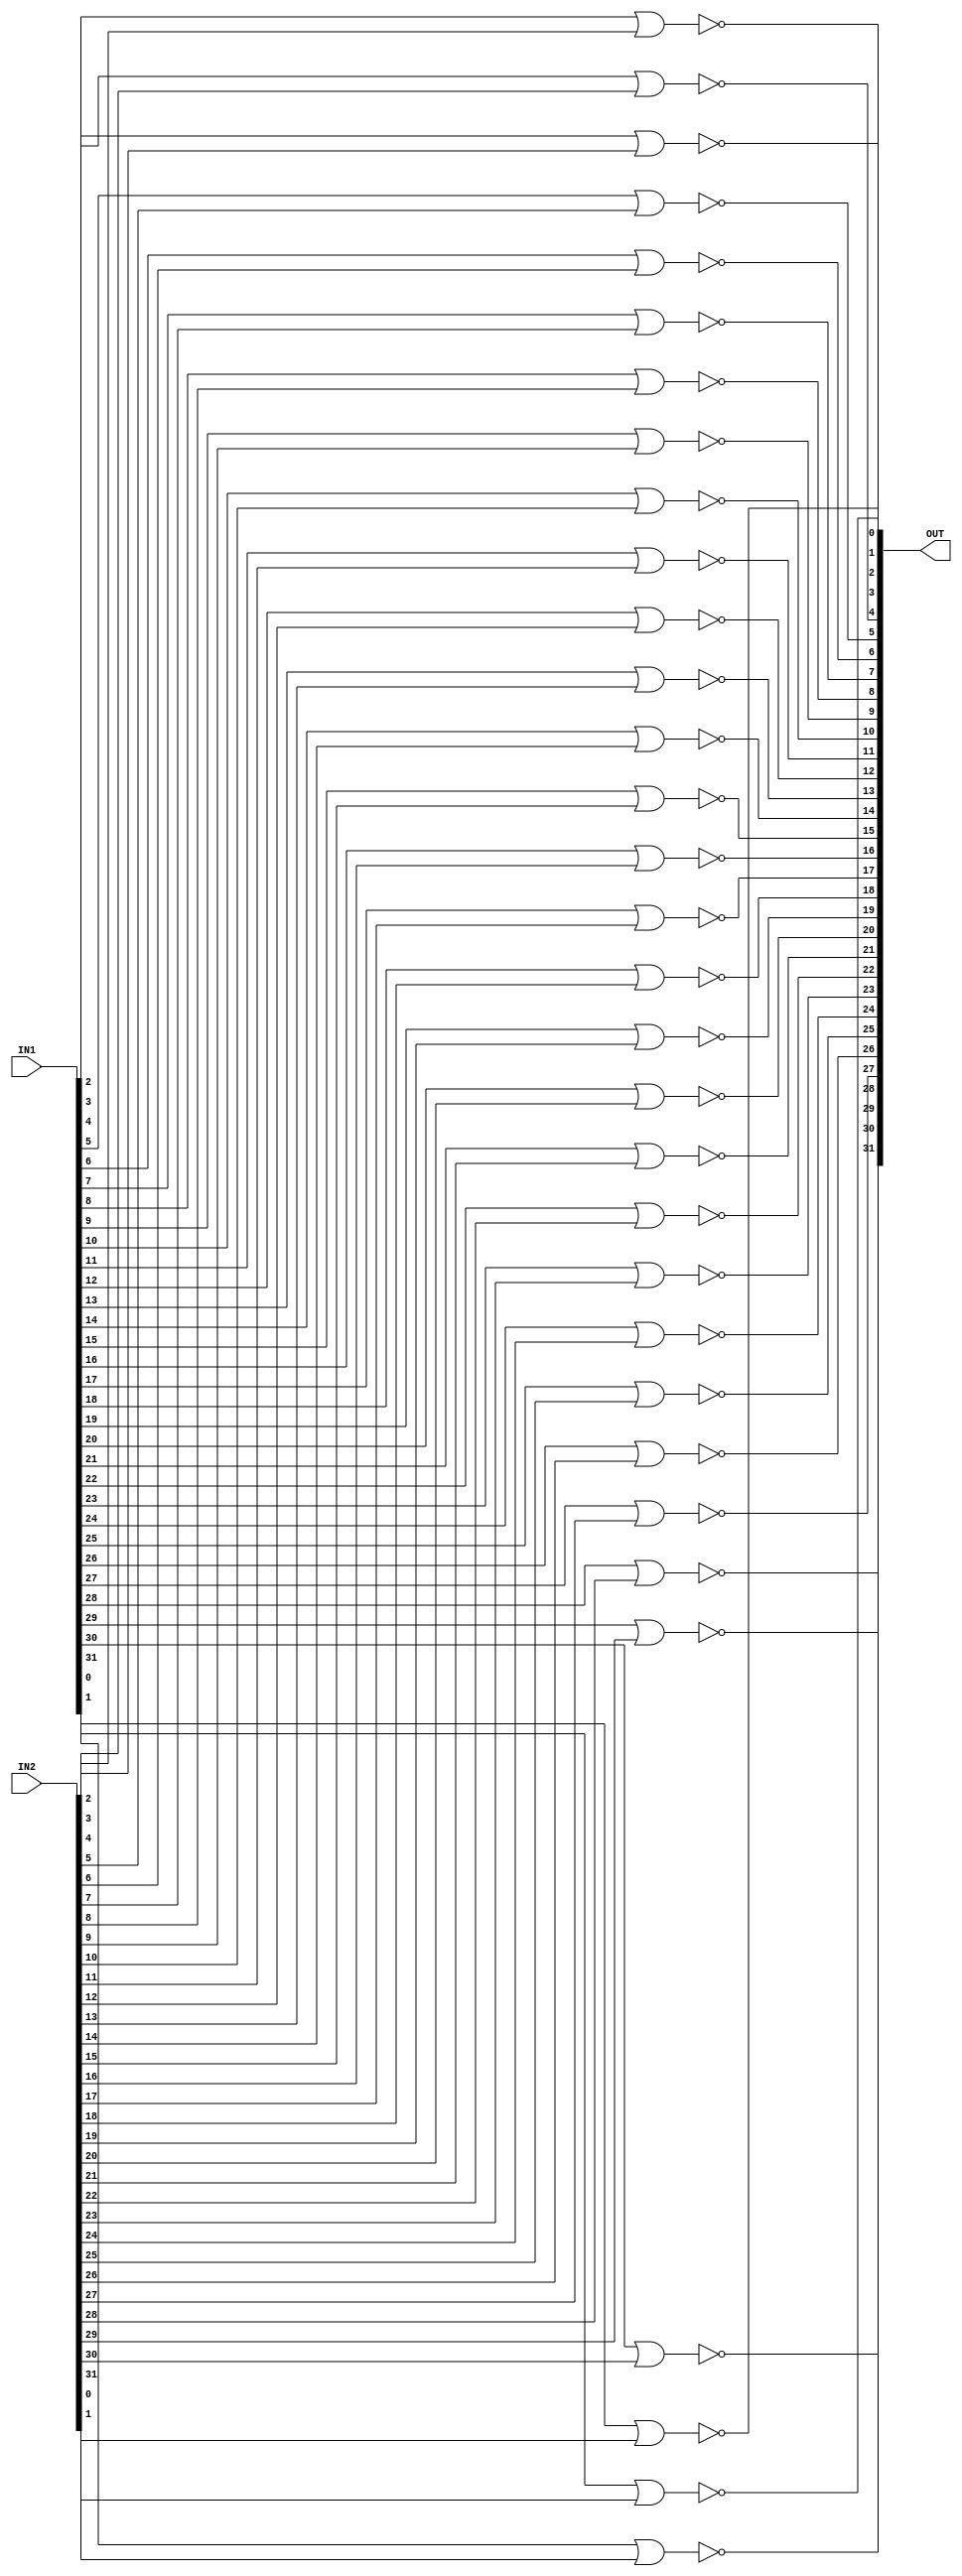


module nor32(OUT, IN1, IN2);

input [31:0] IN1, IN2;
output [31:0] OUT;

nor nor0(OUT[0], IN1[0], IN2[0]);
nor nor1(OUT[1], IN1[1], IN2[1]);
nor nor2(OUT[2], IN1[2], IN2[2]);
nor nor3(OUT[3], IN1[3], IN2[3]);
nor nor4(OUT[4], IN1[4], IN2[4]);
nor nor5(OUT[5], IN1[5], IN2[5]);
nor nor6(OUT[6], IN1[6], IN2[6]);
nor nor7(OUT[7], IN1[7], IN2[7]);
nor nor8(OUT[8], IN1[8], IN2[8]);
nor nor9(OUT[9], IN1[9], IN2[9]);
nor nor10(OUT[10], IN1[10], IN2[10]);
nor nor11(OUT[11], IN1[11], IN2[11]);
nor nor12(OUT[12], IN1[12], IN2[12]);
nor nor13(OUT[13], IN1[13], IN2[13]);
nor nor14(OUT[14], IN1[14], IN2[14]);
nor nor15(OUT[15], IN1[15], IN2[15]);
nor nor16(OUT[16], IN1[16], IN2[16]);
nor nor17(OUT[17], IN1[17], IN2[17]);
nor nor18(OUT[18], IN1[18], IN2[18]);
nor nor19(OUT[19], IN1[19], IN2[19]);
nor nor20(OUT[20], IN1[20], IN2[20]);
nor nor21(OUT[21], IN1[21], IN2[21]);
nor nor22(OUT[22], IN1[22], IN2[22]);
nor nor23(OUT[23], IN1[23], IN2[23]);
nor nor24(OUT[24], IN1[24], IN2[24]);
nor nor25(OUT[25], IN1[25], IN2[25]);
nor nor26(OUT[26], IN1[26], IN2[26]);
nor nor27(OUT[27], IN1[27], IN2[27]);
nor nor28(OUT[28], IN1[28], IN2[28]);
nor nor29(OUT[29], IN1[29], IN2[29]);
nor nor30(OUT[30], IN1[30], IN2[30]);
nor nor31(OUT[31], IN1[31], IN2[31]);

endmodule